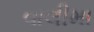
વાલીમા